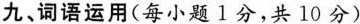
九、词语运用（每小题1分，共 10 分）